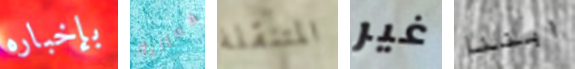
بإخباره فعالية المتنقلة غير ابننا